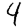
Digit: 4